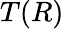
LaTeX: T(R)